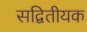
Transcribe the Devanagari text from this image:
सद्वितीयक